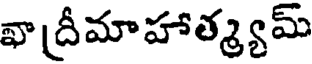
ఖాద్రీమాహాత్మ్యమ్